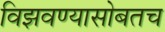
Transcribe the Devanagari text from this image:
विझवण्यासोबतच